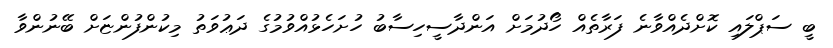
ބީ ސަޕްލައި ކޮށްދެއްވާނެ ފަރާތެއް ހޯދުމަށް އަންދާސީހިސާބު ހުށަހެޅުއްވުމުގެ ދަޢުވަތު މިކުންފުންޏަށް ބޭނުންވާ